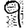
Digit: 9